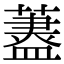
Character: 𦾗